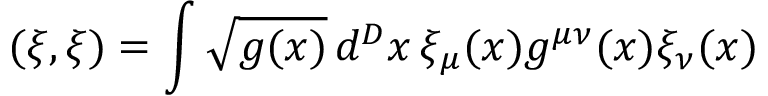
( \xi , \xi ) = \int \sqrt { g ( x ) } \, d ^ { D } x \, \xi _ { \mu } ( x ) g ^ { \mu \nu } ( x ) \xi _ { \nu } ( x )